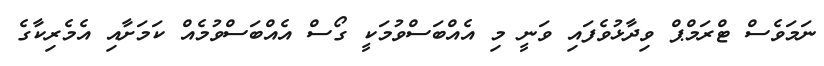
ނަމަވެސް ޓްރަމްޕް ވިދާޅުވެފައި ވަނީ މި އެއްބަސްވުމަކީ ގޯސް އެއްބަސްވުމެއް ކަމަށާއި އެމެރިކާގެ